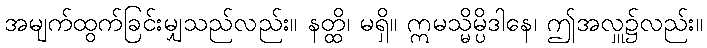
အမျက်ထွက်ခြင်းမျှသည်လည်း။ နတ္ထိ၊ မရှိ။ ဣမသ္မိမ္ပိဒါနေ၊ ဤအလှူ၌လည်း။